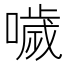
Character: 噦